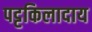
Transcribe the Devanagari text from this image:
पट्टकिलादाय